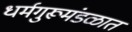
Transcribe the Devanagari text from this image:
धर्मगुरूमंडळात